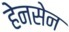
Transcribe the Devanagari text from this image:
हेनसेन